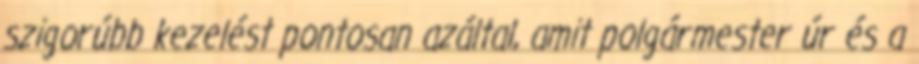
szigorúbb kezelést pontosan azáltal, amit polgármester úr és a